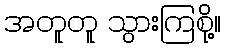
အတူတူ သွားကြစို့။